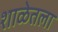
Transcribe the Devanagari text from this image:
शाळेतला